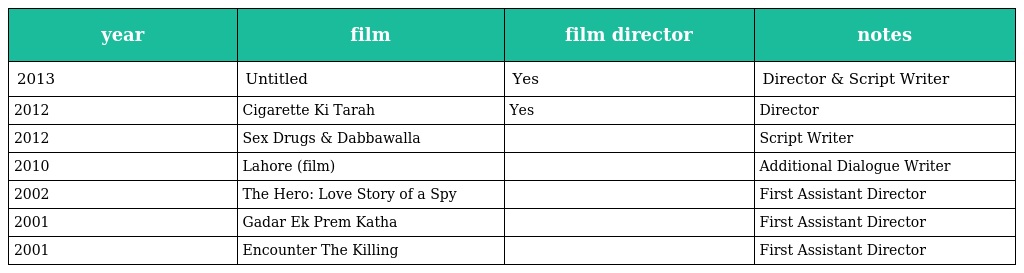
| year | film | film director | notes |
 | --- | --- | --- | --- |
 | 2013 | Untitled | Yes | Director & Script Writer |
 | 2012 | Cigarette Ki Tarah | Yes | Director |
 | 2012 | Sex Drugs & Dabbawalla |  | Script Writer |
 | 2010 | Lahore (film) |  | Additional Dialogue Writer |
 | 2002 | The Hero: Love Story of a Spy |  | First Assistant Director |
 | 2001 | Gadar Ek Prem Katha |  | First Assistant Director |
 | 2001 | Encounter The Killing |  | First Assistant Director |